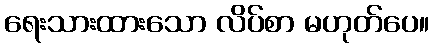
ရေးသားထားသော လိပ်စာ မဟုတ်ပေ။